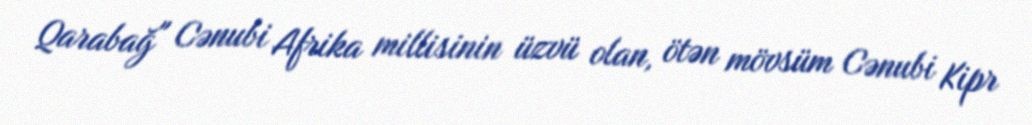
Qarabağ" Cənubi Afrika millisinin üzvü olan, ötən mövsüm Cənubi Kipr